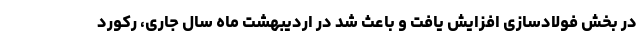
در بخش فولادسازی افزایش یافت و باعث شد در اردیبهشت ماه سال جاری، رکورد